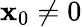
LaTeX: \mathbf{x}_{0}\neq0